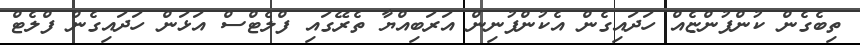
ތިބެގެން ކުންފުންޏެއް ހަދައިގެން އެކުންފުނިން އަރަބިއްޔާ ތެރޭގައި ފްލެޓްސް އަޅަން ހަދައިގެން ފްލެޓް